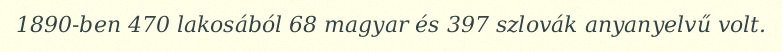
1890-ben 470 lakosából 68 magyar és 397 szlovák anyanyelvű volt.